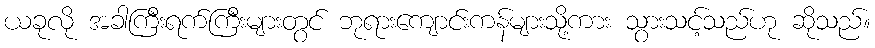
ယခုလို အခါကြီးရက်ကြီးများတွင် ဘုရားကျောင်းကန်များသို့ကား သွားသင့်သည်ဟု ဆိုသည်။